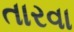
તારવા